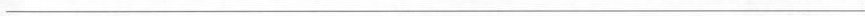
___